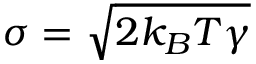
\sigma = \sqrt { 2 k _ { B } { T } \gamma }